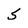
Character: 5